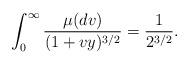
LaTeX: \begin{align*}\int_0^{\infty}\frac{\mu(dv)}{(1+vy)^{3/2}}=\frac{1}{2^{3/2}}.\end{align*}